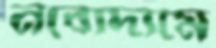
নবোদ্যমে